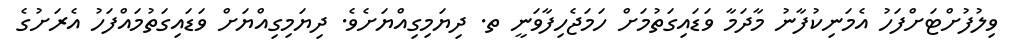
ވިލުފުށްޓަށްފަހު އެމަނިކުފާނު މާދަމާ ވަޑައިގަތުމަށް ހަމަޖެހިފާވަނީ ތ. ދިޔަމިގިއްޔަށެވެ. ދިޔަމިގިއްޔަށް ވަޑައިގަތުމައްފަހު އެރަށުގެ